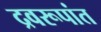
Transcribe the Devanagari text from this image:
द्रवरूपांत